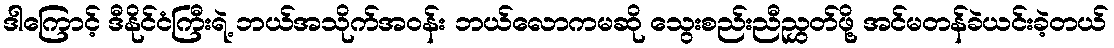
ဒါကြောင့် ဒီနိုင်ငံကြီးရဲ့ ဘယ်အသိုက်အဝန်း ဘယ်လောကမဆို သွေးစည်းညီညွှတ်ဖို့ အင်မတန်ခဲယင်းခဲ့တယ်